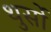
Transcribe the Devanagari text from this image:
थुर्सो